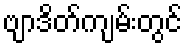
ဗျာဒိတ်ကျမ်းတွင်